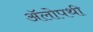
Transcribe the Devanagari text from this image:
ॲलोपथी